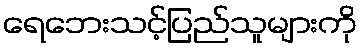
ရေဘေးသင့်ပြည်သူများကို